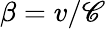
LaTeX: \beta=v/\mathscr{C}